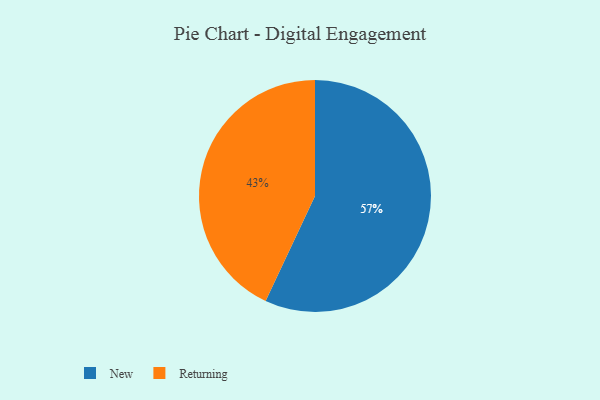
{"axis": {"x": "Category", "y": "Percentage"}, "legend": ["New", "Returning"], "data": [{"x": "Returning", "y": 43, "type": "Returning"}, {"x": "New", "y": 57, "type": "New"}]}